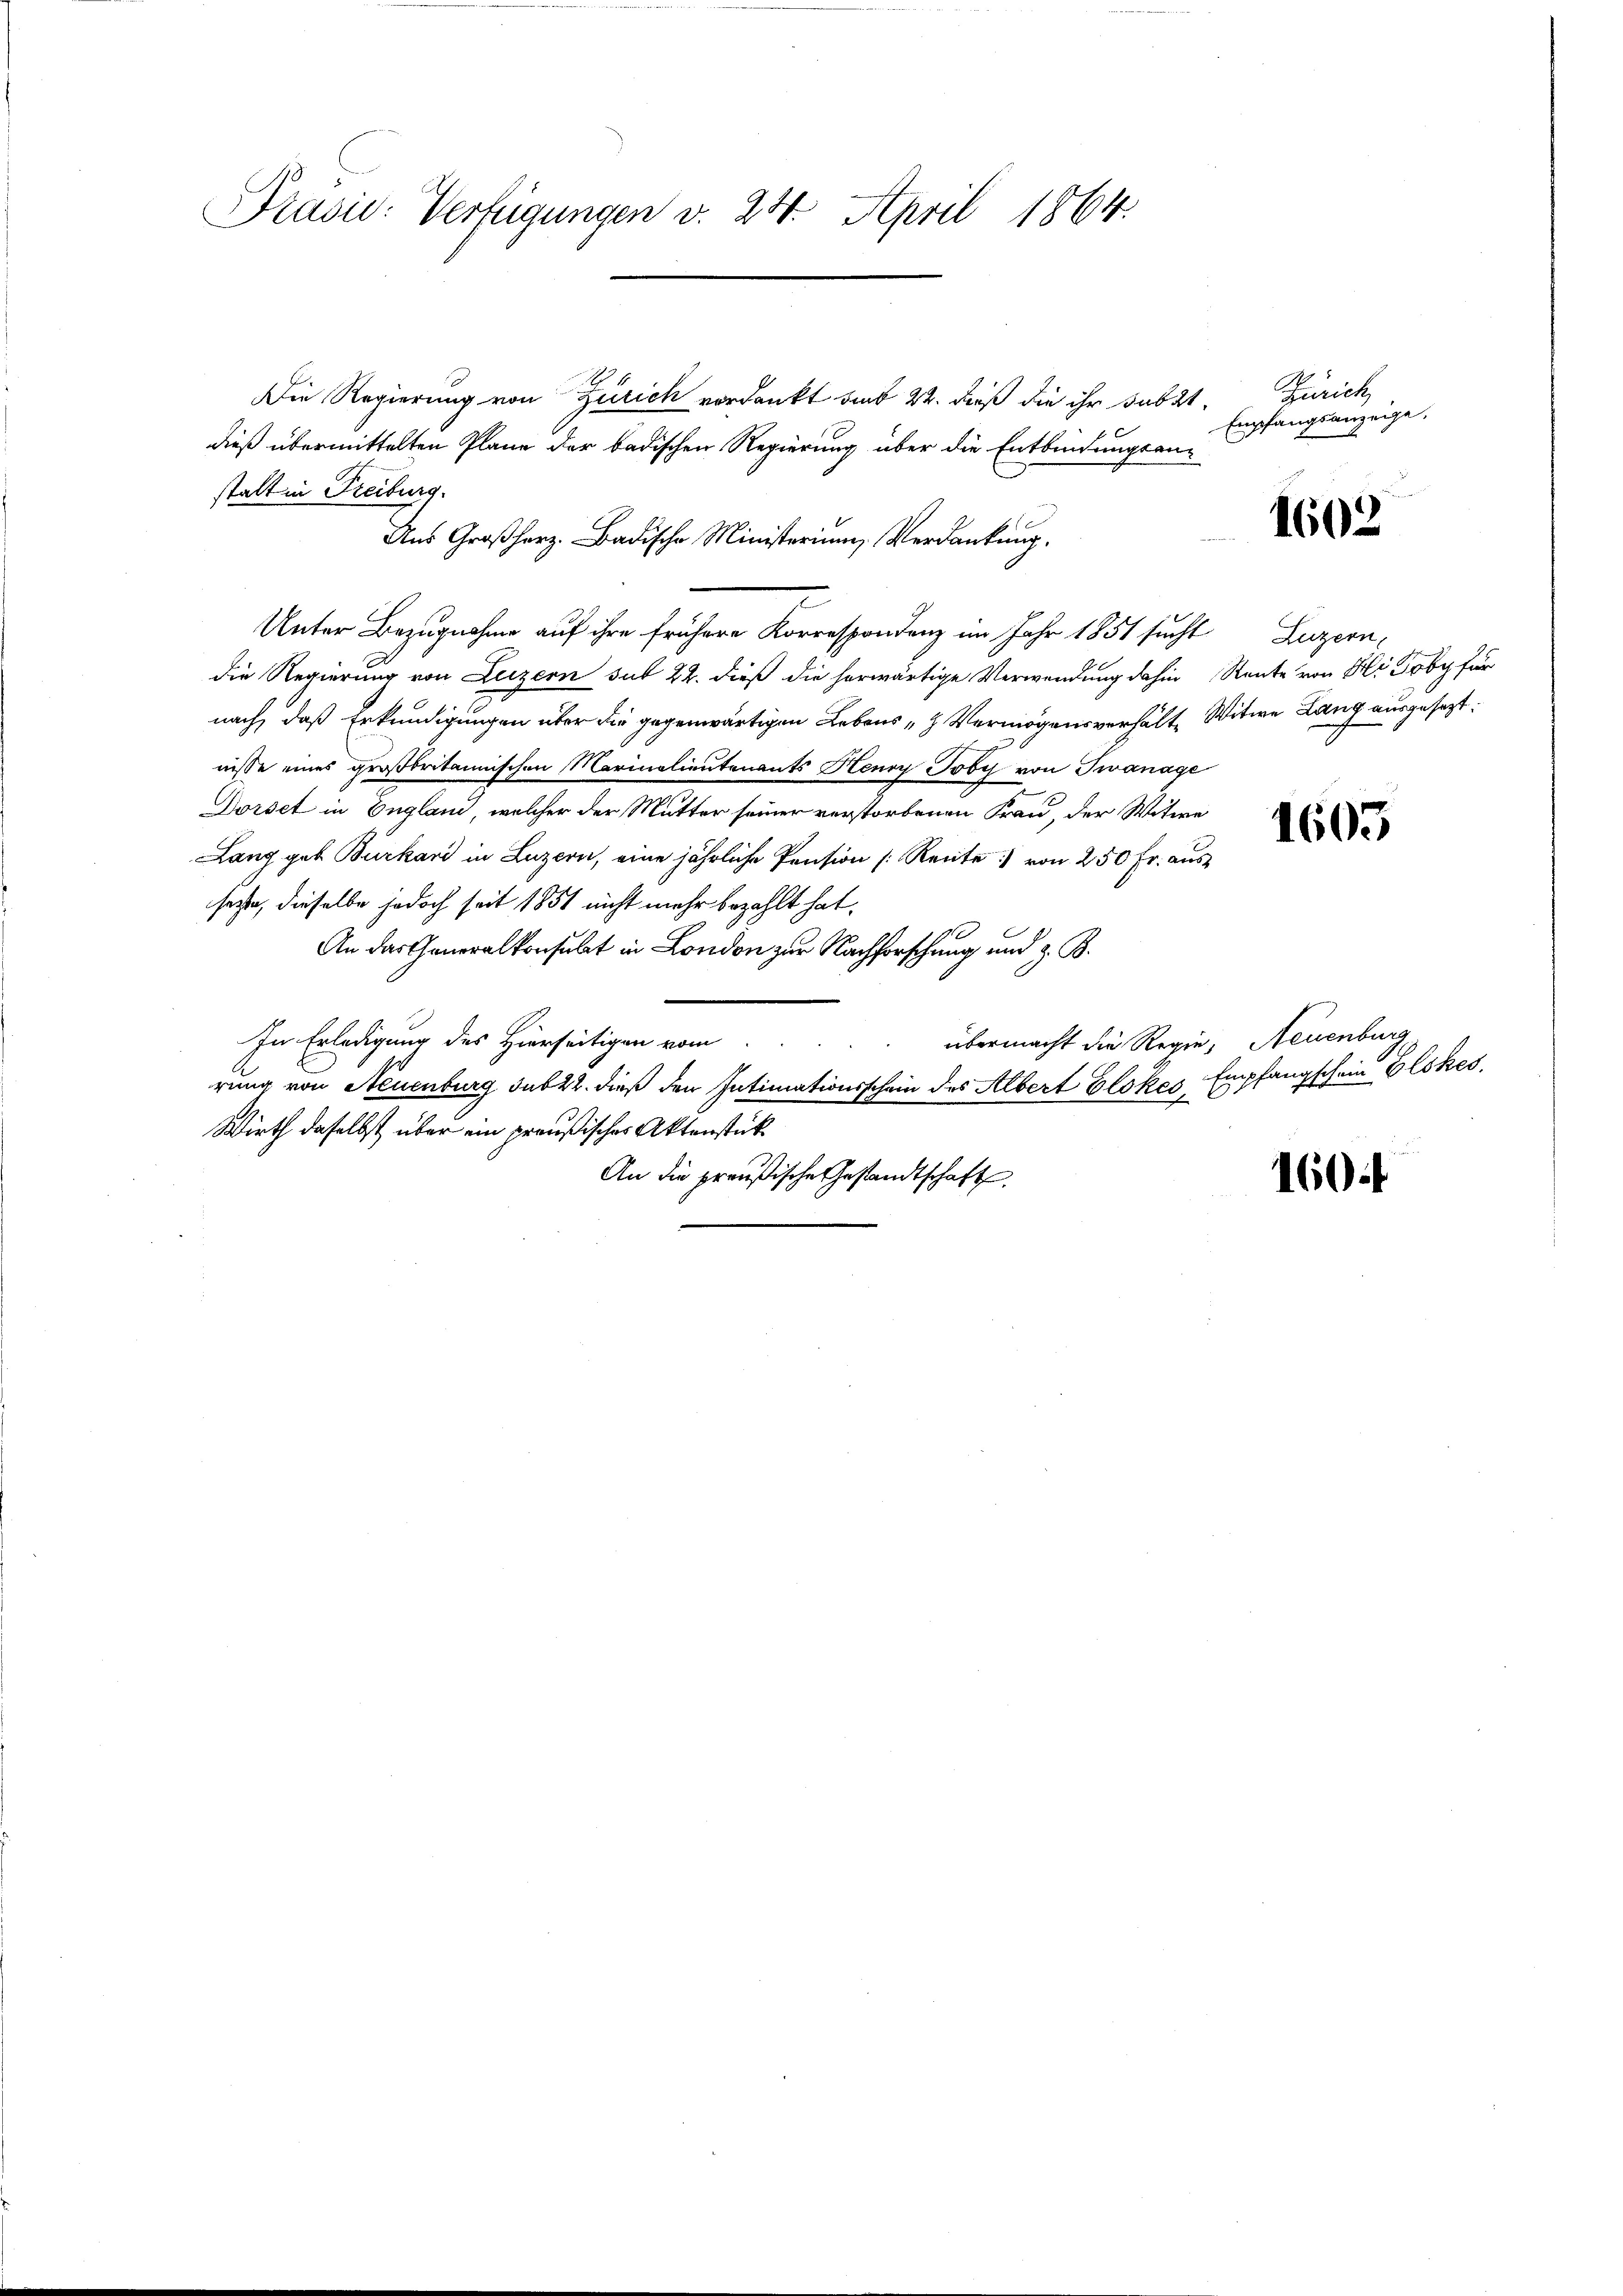
Präsid: Verfügungen v. 24. April 1864.

Die Regierung von Zürich verdankt sind 22. dieß die ihr subst
dieß übermittelten Plane der badischen Regierung über die Entbindungsanstalt in Freiburg.
Aus Großherz. Badische Ministerium Verdankung.
Unter Bezugnahme auf ihre frühere Korrespondenz im Jahr 1851 sucht Luzern,
die Regierung von Luzern sub 22. dieß die herwärtige Verwendung dahin Rente von Fli Toby für
nach, daß Erkundigungen über die gegenwärtigen Lebens - Vermögensverhält, Witwe Lang ausgesezt:
nisse eines großbritannischen Marinalieutenants Henry Joby von Twanage
Dorset in England, welcher der Mutter seiner verstorbenen Frau, der Witwe
Lang geb. Burkard in Luzern, eine jährliche Pension [Rente :/ von 250 Fr. aus
seye, dieselbe jedoch seit 1851 nicht mehr bezahlt hat.
An das Generalkonsulat in London zur Nachforschung und z. B.
In Erledigung des Hierseitigen vom
übermacht die Regie, Neuenburg
rung von Neuenburg sub 22. dieß den Intimationsschein des Albert Glokes Empfangschein Glokes.
Wirth daselbst über ein preußischer Aktenstück
An die preußische Gestandtschaft

Zürich
Empfangsanzeige.

e

1602

1603

1604